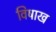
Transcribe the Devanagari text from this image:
विषाख